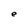
Character: t